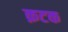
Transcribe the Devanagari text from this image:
क़टक